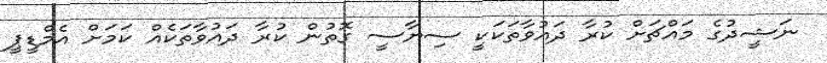
ނަޝީދުގެ މައްޗަށް ކުރާ ދައުވާތަކަކީ ސިޔާސީ ގޮތުން ކުރާ ދައުވާތަކެއް ކަމަށް އެމްޑީޕީ